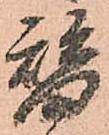
替